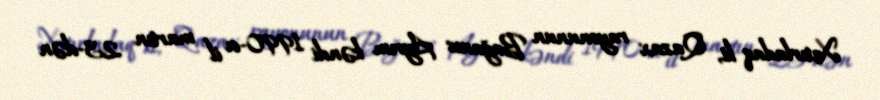
Xatırladaq ki, Qazax rayonunun Bağanıs Ayrım kəndi 1990-cı il martın 23-dən